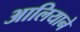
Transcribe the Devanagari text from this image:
आलियाने